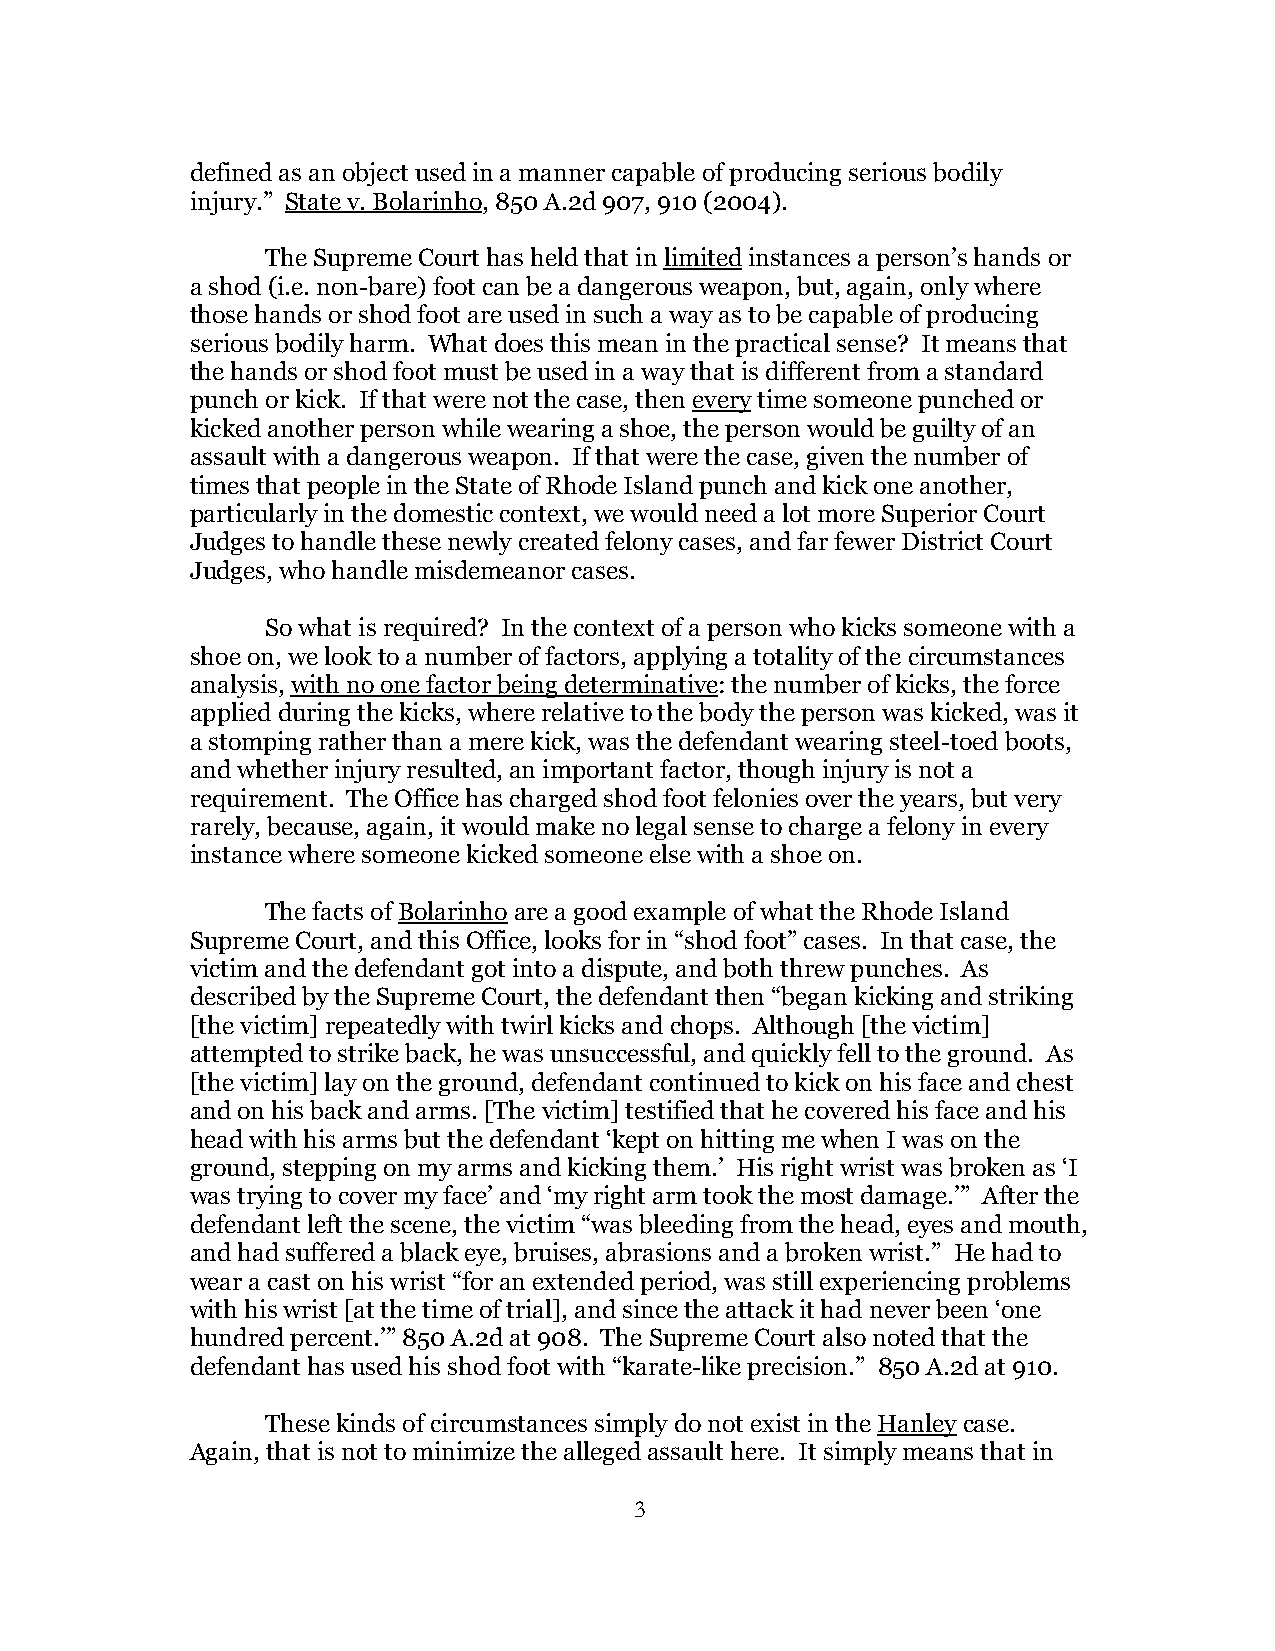
defined as an object used in a manner capable of producing serious bodily
 injury.” State v. Bolarinho, 850 A.2d 907, 910 (2004).
 The Supreme Court has held that in limited instances a person’s hands or
 a shod (i.e. non-bare) foot can be a dangerous weapon, but, again, only where
 those hands or shod foot are used in such a way as to be capable of producing
 serious bodily harm. What does this mean in the practical sense? It means that
 the hands or shod foot must be used in a way that is different from a standard
 punch or kick. If that were not the case, then every time someone punched or
 kicked another person while wearing a shoe, the person would be guilty of an
 assault with a dangerous weapon. If that were the case, given the number of
 times that people in the State of Rhode Island punch and kick one another,
 particularly in the domestic context, we would need a lot more Superior Court
 Judges to handle these newly created felony cases, and far fewer District Court
 Judges, who handle misdemeanor cases.
 So what is required? In the context of a person who kicks someone with a
 shoe on, we look to a number of factors, applying a totality of the circumstances
 analysis, with no one factor being determinative: the number of kicks, the force
 applied during the kicks, where relative to the body the person was kicked, was it
 a stomping rather than a mere kick, was the defendant wearing steel-toed boots,
 and whether injury resulted, an important factor, though injury is not a
 requirement. The Office has charged shod foot felonies over the years, but very
 rarely, because, again, it would make no legal sense to charge a felony in every
 instance where someone kicked someone else with a shoe on.
 The facts of Bolarinho are a good example of what the Rhode Island
 Supreme Court, and this Office, looks for in “shod foot” cases. In that case, the
 victim and the defendant got into a dispute, and both threw punches. As
 described by the Supreme Court, the defendant then “began kicking and striking
 [the victim] repeatedly with twirl kicks and chops. Although [the victim]
 attempted to strike back, he was unsuccessful, and quickly fell to the ground. As
 [the victim] lay on the ground, defendant continued to kick on his face and chest
 and on his back and arms. [The victim] testified that he covered his face and his
 head with his arms but the defendant ‘kept on hitting me when I was on the
 ground, stepping on my arms and kicking them.’ His right wrist was broken as ‘I
 was trying to cover my face’ and ‘my right arm took the most damage.’” After the
 defendant left the scene, the victim “was bleeding from the head, eyes and mouth,
 and had suffered a black eye, bruises, abrasions and a broken wrist.” He had to
 wear a cast on his wrist “for an extended period, was still experiencing problems
 with his wrist [at the time of trial], and since the attack it had never been ‘one
 hundred percent.’” 850 A.2d at 908. The Supreme Court also noted that the
 defendant has used his shod foot with “karate-like precision.” 850 A.2d at 910.
 These kinds of circumstances simply do not exist in the Hanley case.
 Again, that is not to minimize the alleged assault here. It simply means that in
 3